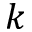
k